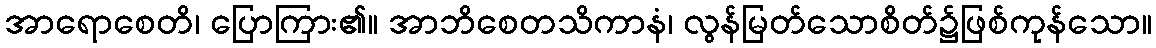
အာရောစေတိ၊ ပြောကြား၏။ အာဘိစေတသိကာနံ၊ လွန်မြတ်သောစိတ်၌ဖြစ်ကုန်သော။